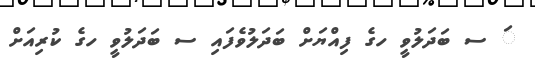
ަ ސ ބަދަލުވީ ހގެ ފިއްޔަށް ބަދަލުވެފައި ސ ބަދަލުވީ ހގެ ކުރިއަށް